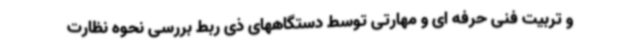
و تربیت فنی حرفه ای و مهارتی توسط دستگاههای ذی ربط بررسی نحوه نظارت